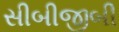
સીબીજીબી